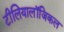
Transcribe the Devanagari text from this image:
टीलियालॉजिकल